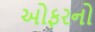
ઓફરનો